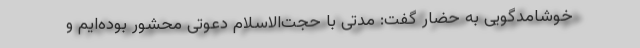
خوشامدگویی به حضار گفت: مدتی با حجت‌الاسلام دعوتی محشور بوده‌ایم و